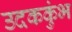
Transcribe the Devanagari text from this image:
उदककुंभ